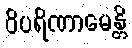
ဝိပရိဏာမေန္တိ